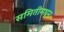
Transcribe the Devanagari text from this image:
समितीमधून